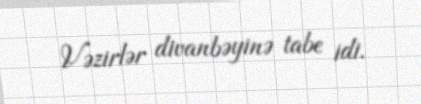
Vəzirlər divanbəyinə tabe idi.